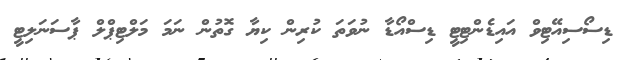
ޑިސޯސިއޭޓިވް އައިޑެންޓިޓީ ޑިސްއޯޑާ ނުވަތަ ކުރިން ކިޔާ ގޮތުން ނަމަ މަލްޓިޕްލް ޕާސަނަލިޓީ